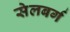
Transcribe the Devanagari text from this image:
सेलबर्ग